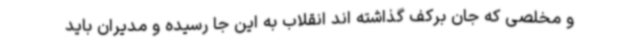
و مخلصی که جان برکف گذاشته اند انقلاب به این جا رسیده و مدیران باید